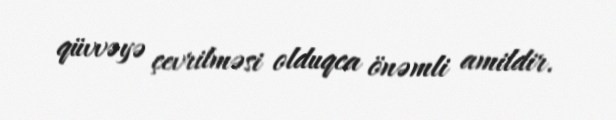
qüvvəyə çevrilməsi olduqca önəmli amildir.